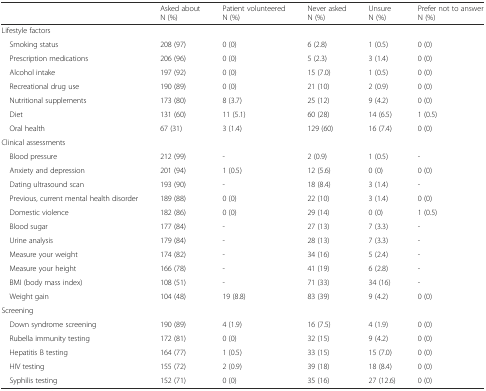
<table><thead><tr><td></td><td><b>Asked aboutN (%)</b></td><td><b>Patient volunteeredN (%)</b></td><td><b>Never askedN (%)</b></td><td><b>UnsureN (%)</b></td><td><b>Prefer not to answerN (%)</b></td></tr></thead><tbody><tr><td colspan="6">Lifestyle factors</td></tr><tr><td> Smoking status</td><td>208 (97)</td><td>0 (0)</td><td>6 (2.8)</td><td>1 (0.5)</td><td>0 (0)</td></tr><tr><td> Prescription medications</td><td>206 (96)</td><td>0 (0)</td><td>5 (2.3)</td><td>3 (1.4)</td><td>0 (0)</td></tr><tr><td> Alcohol intake</td><td>197 (92)</td><td>0 (0)</td><td>15 (7.0)</td><td>1 (0.5)</td><td>0 (0)</td></tr><tr><td> Recreational drug use</td><td>190 (89)</td><td>0 (0)</td><td>21 (10)</td><td>2 (0.9)</td><td>0 (0)</td></tr><tr><td> Nutritional supplements</td><td>173 (80)</td><td>8 (3.7)</td><td>25 (12)</td><td>9 (4.2)</td><td>0 (0)</td></tr><tr><td> Diet</td><td>131 (60)</td><td>11 (5.1)</td><td>60 (28)</td><td>14 (6.5)</td><td>1 (0.5)</td></tr><tr><td> Oral health</td><td>67 (31)</td><td>3 (1.4)</td><td>129 (60)</td><td>16 (7.4)</td><td>0 (0)</td></tr><tr><td colspan="6">Clinical assessments</td></tr><tr><td> Blood pressure</td><td>212 (99)</td><td>-</td><td>2 (0.9)</td><td>1 (0.5)</td><td>-</td></tr><tr><td> Anxiety and depression</td><td>201 (94)</td><td>1 (0.5)</td><td>12 (5.6)</td><td>0 (0)</td><td>0 (0)</td></tr><tr><td> Dating ultrasound scan</td><td>193 (90)</td><td>-</td><td>18 (8.4)</td><td>3 (1.4)</td><td>-</td></tr><tr><td> Previous, current mental health disorder</td><td>189 (88)</td><td>0 (0)</td><td>22 (10)</td><td>3 (1.4)</td><td>0 (0)</td></tr><tr><td> Domestic violence</td><td>182 (86)</td><td>0 (0)</td><td>29 (14)</td><td>0 (0)</td><td>1 (0.5)</td></tr><tr><td> Blood sugar</td><td>177 (84)</td><td>-</td><td>27 (13)</td><td>7 (3.3)</td><td>-</td></tr><tr><td> Urine analysis</td><td>179 (84)</td><td>-</td><td>28 (13)</td><td>7 (3.3)</td><td>-</td></tr><tr><td> Measure your weight</td><td>174 (82)</td><td>-</td><td>34 (16)</td><td>5 (2.4)</td><td>-</td></tr><tr><td> Measure your height</td><td>166 (78)</td><td>-</td><td>41 (19)</td><td>6 (2.8)</td><td>-</td></tr><tr><td> BMI (body mass index)</td><td>108 (51)</td><td>-</td><td>71 (33)</td><td>34 (16)</td><td>-</td></tr><tr><td> Weight gain</td><td>104 (48)</td><td>19 (8.8)</td><td>83 (39)</td><td>9 (4.2)</td><td>0 (0)</td></tr><tr><td colspan="6">Screening</td></tr><tr><td> Down syndrome screening</td><td>190 (89)</td><td>4 (1.9)</td><td>16 (7.5)</td><td>4 (1.9)</td><td>0 (0)</td></tr><tr><td> Rubella immunity testing</td><td>172 (81)</td><td>0 (0)</td><td>32 (15)</td><td>9 (4.2)</td><td>0 (0)</td></tr><tr><td> Hepatitis B testing</td><td>164 (77)</td><td>1 (0.5)</td><td>33 (15)</td><td>15 (7.0)</td><td>0 (0)</td></tr><tr><td> HIV testing</td><td>155 (72)</td><td>2 (0.9)</td><td>39 (18)</td><td>18 (8.4)</td><td>0 (0)</td></tr><tr><td> Syphilis testing</td><td>152 (71)</td><td>0 (0)</td><td>35 (16)</td><td>27 (12.6)</td><td>0 (0)</td></tr></tbody></table>